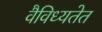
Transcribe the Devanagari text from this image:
वैविध्यतेत